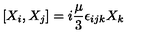
[ X _ { i } , X _ { j } ] = i { \frac { \mu } { 3 } } \epsilon _ { i j k } X _ { k }